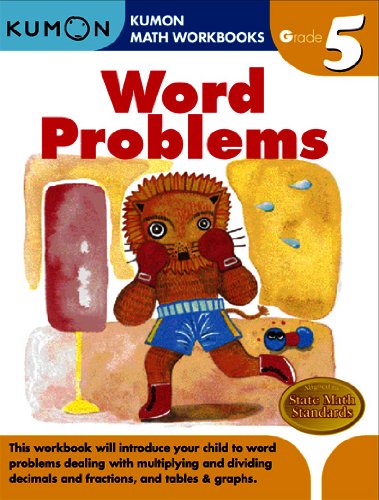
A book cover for Word Problems (Kumon Math Workbooks Grade 5); Kumon Publishing; Children's Books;